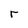
Character: r